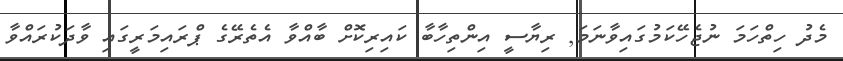
މެދު ހިތްހަމަ ނުޖެހޭކަމުގައިވާނަމަ